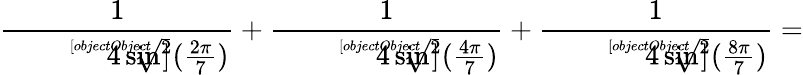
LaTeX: {\frac{1}{\sqrt[[objectObject]]{4\sin^{2}({\frac{2\pi}{7}})}}}+{\frac{1}{\sqrt[[objectObject]]{4\sin^{2}({\frac{4\pi}{7}})}}}+{\frac{1}{\sqrt[[objectObject]]{4\sin^{2}({\frac{8\pi}{7}})}}}=